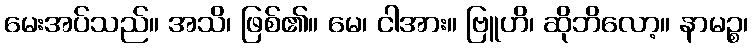
မေးအပ်သည်။ အသိ၊ ဖြစ်၏။ မေ၊ ငါအား။ ဗြူဟိ၊ ဆိုဘိလော့။ နာမဉ္စ၊